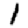
Digit: 1